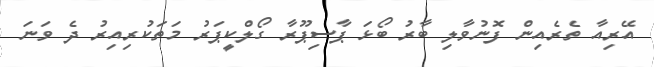
އޭރިއާ ތެރެއިން ފޮނުވާލި ބާރު ބޯޅަ ޕާސިޕޫރާ ގޯލްކީޕަރު މަތަކުރިއިރު ދެ ވަނަ